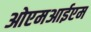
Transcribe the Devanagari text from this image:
ओएमआईएम